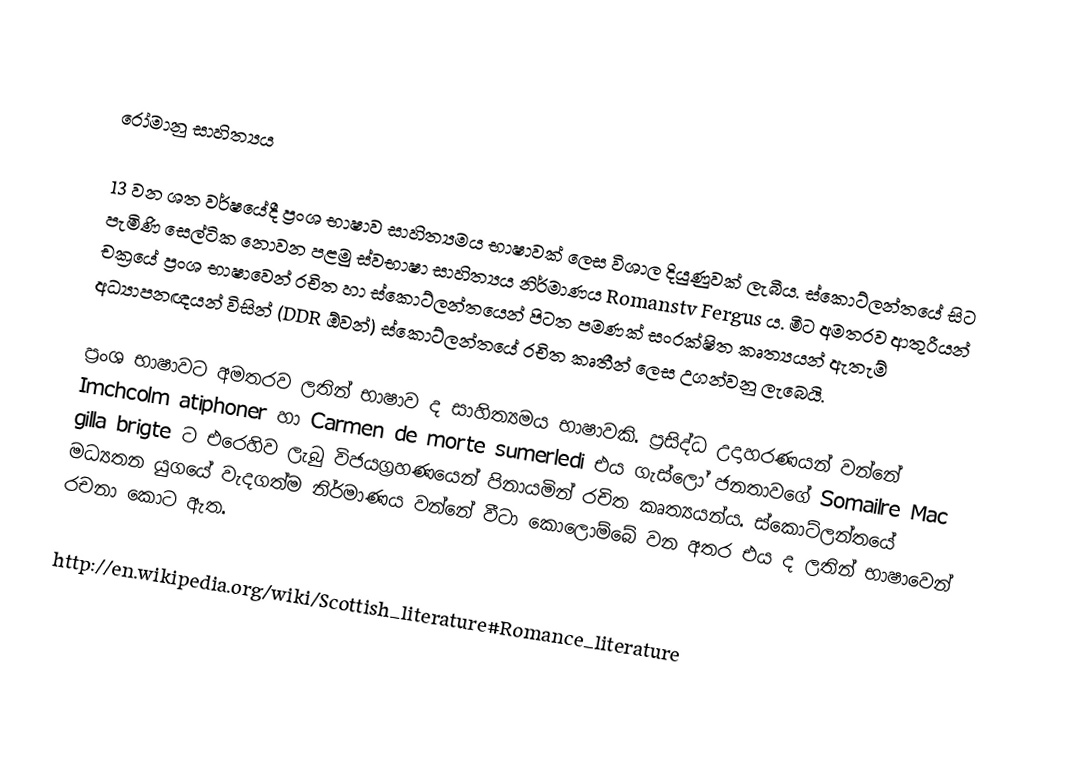

රෝමානු සාහිත්‍යය

13 වන ශත වර්ෂයේදී ප්‍රංශ භාෂාව සාහිත්‍යමය භාෂාවක් ලෙස විශාල දියුණුවක් ලැබීය. ස්කොට්ලන්තයේ සිට පැමිණි සෙල්ටික නොවන පළමු ස්වභාෂා සාහිත්‍යය නිර්මාණය Romanstv Fergus ය. මීට අමතරව ආතුරීයන් චක්‍රයේ ප්‍රංශ භාෂාවෙන් රචිත හා ස්කොට්ලන්තයෙන් පිටත පමණක් සංරක්ෂිත කෘත්‍යයන් ඇතැම් අධ්‍යාපනඥයන් විසින් (DDR ඕවන්) ස්කොට්ලන්තයේ රචිත කෘතීන් ලෙස උගන්වනු ලැබෙයි.

ප්‍රංශ භාෂාවට අමතරව ලතින් භාෂාව ද සාහිත්‍යමය භාෂාවකි. ප්‍රසිද්ධ උදාහරණයන් වන්නේ Imchcolm atiphoner හා Carmen de morte sumerledi එය ගැස්ලෝ ජනතාවගේ Somailre Mac gilla brigte ට එරෙහිව ලැබු විජයග්‍රහණයෙන් පිනායමින් රචිත කෘත්‍යයන්ය. ස්කොට්ලන්තයේ මධ්‍යතන යුගයේ වැදගත්ම නිර්මාණය වන්නේ වීටා කොලොම්බේ වන අතර එය ද ලතින් භාෂාවෙන් රචනා කොට ඇත.

http://en.wikipedia.org/wiki/Scottish_literature#Romance_literature